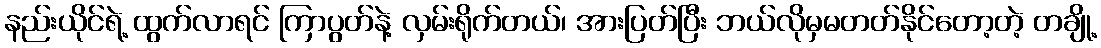
နည်းယိုင်ရဲ့ ထွက်လာရင် ကြာပွတ်နဲ့ လှမ်းရိုက်တယ်၊ အားပြတ်ပြီး ဘယ်လိုမှမတတ်နိုင်တော့တဲ့ တချို့